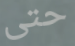
حتى